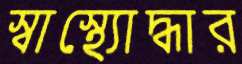
স্বাস্থ্যোদ্ধার